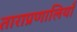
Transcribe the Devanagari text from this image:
ताराप्रणालियाँ